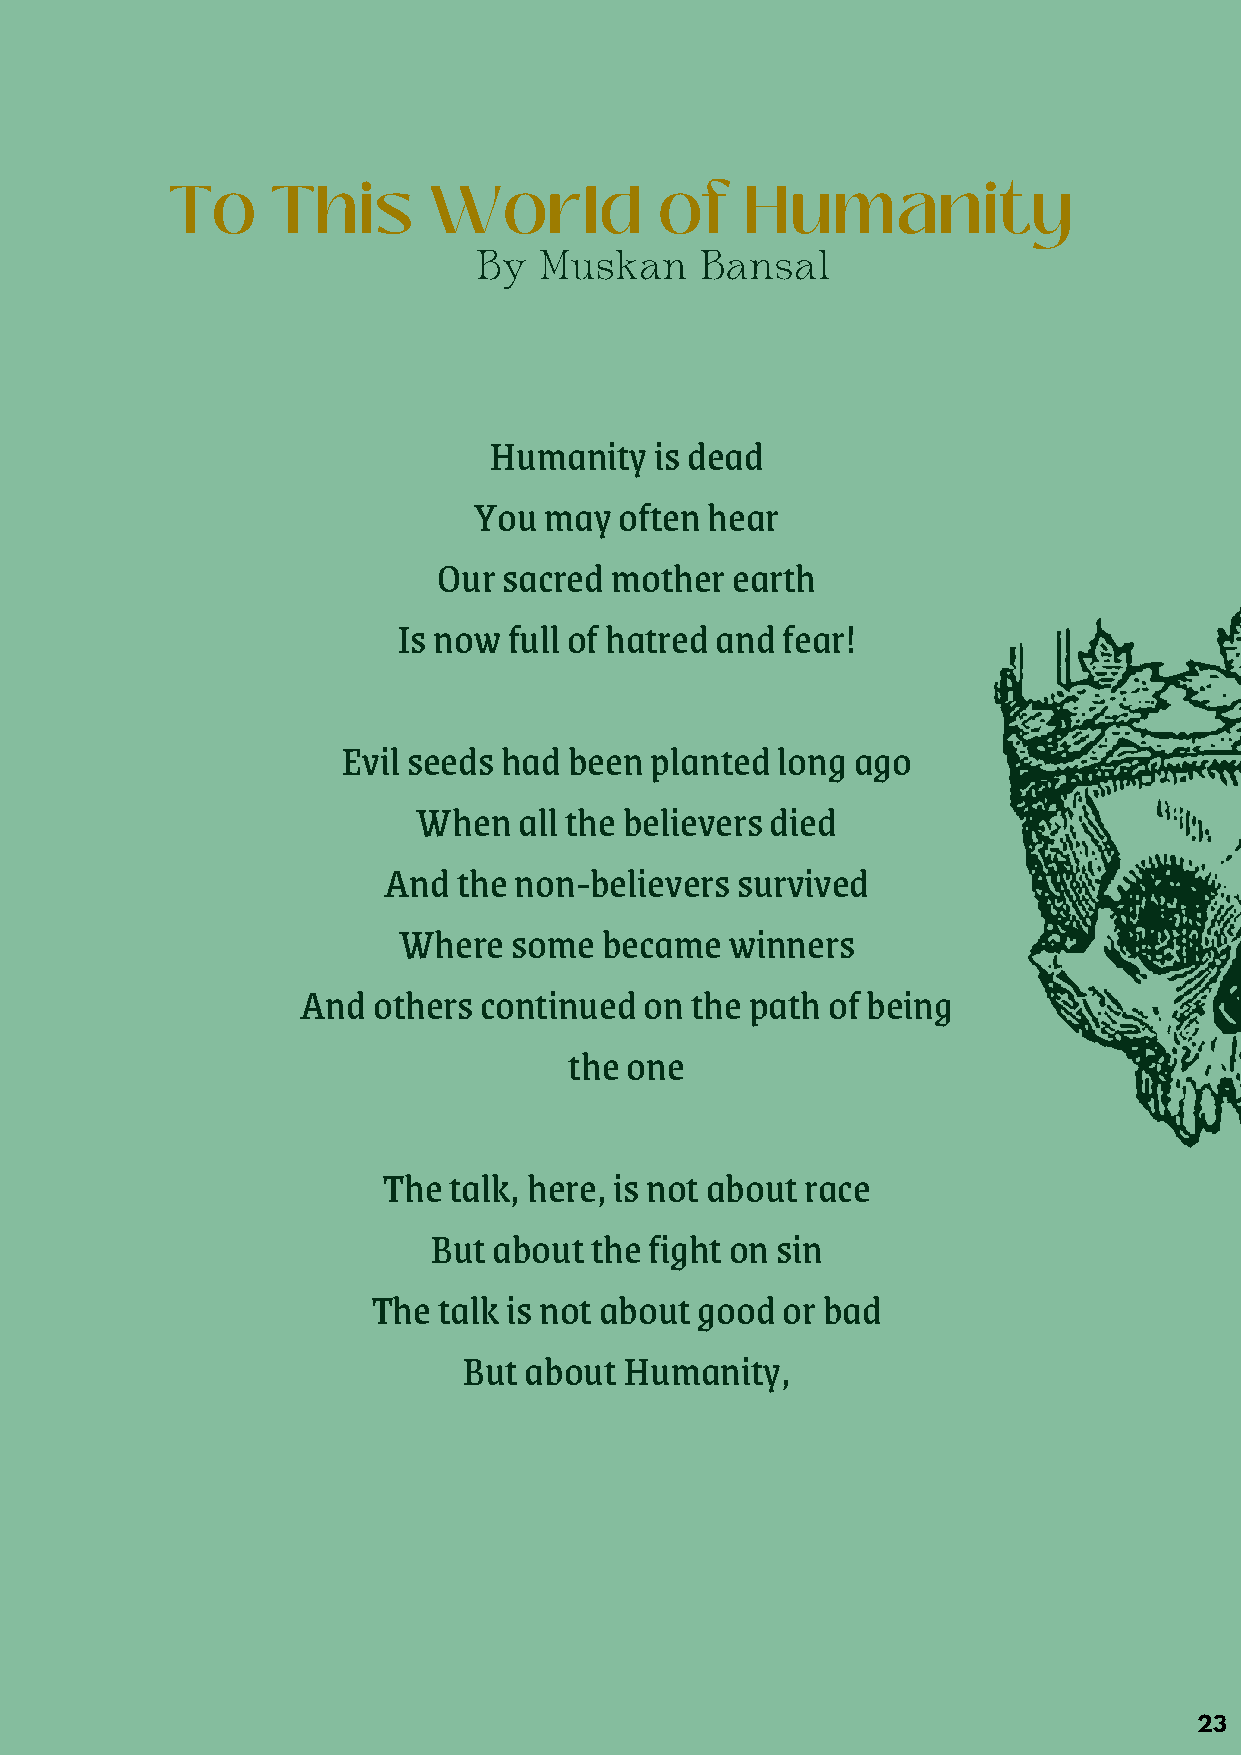
To     This      World           of   Humanity
 By  Muskan    Bansal
 Humanity   is dead
 You  may  often hear
 Our sacred mother  earth
 Is now  full of hatred and fear!
 Evil seeds had been planted long ago
 When  all the believers died
 And  the non-believers  survived
 Where   some  became  winners
 And  others continued  on the path of being
 the one
 The  talk, here, is not about race
 But  about the fight on sin
 The talk is not about good or bad
 But about Humanity,
 23